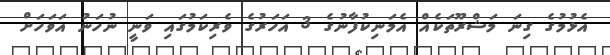
އެޅުމުގެ ގިނަ މަޝްރޫތަކެއް އެމަނިކުފާނުގެ 3 އަހަރުގެ ވެރިކަމުގައި ވަނީ ނުހަނު އަވަހަށް